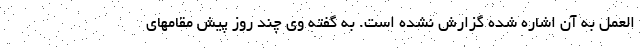
العمل به آن اشاره شده گزارش نشده است. به گفته وی چند روز پیش مقامهای